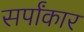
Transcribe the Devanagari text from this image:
सर्पांकार